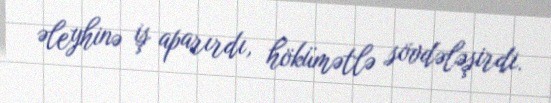
əleyhinə iş aparırdı, hökümətlə sövdələşirdi.